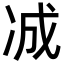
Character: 𪞞